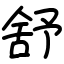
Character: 舒